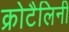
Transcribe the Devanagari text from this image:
क्रोटैलिनी